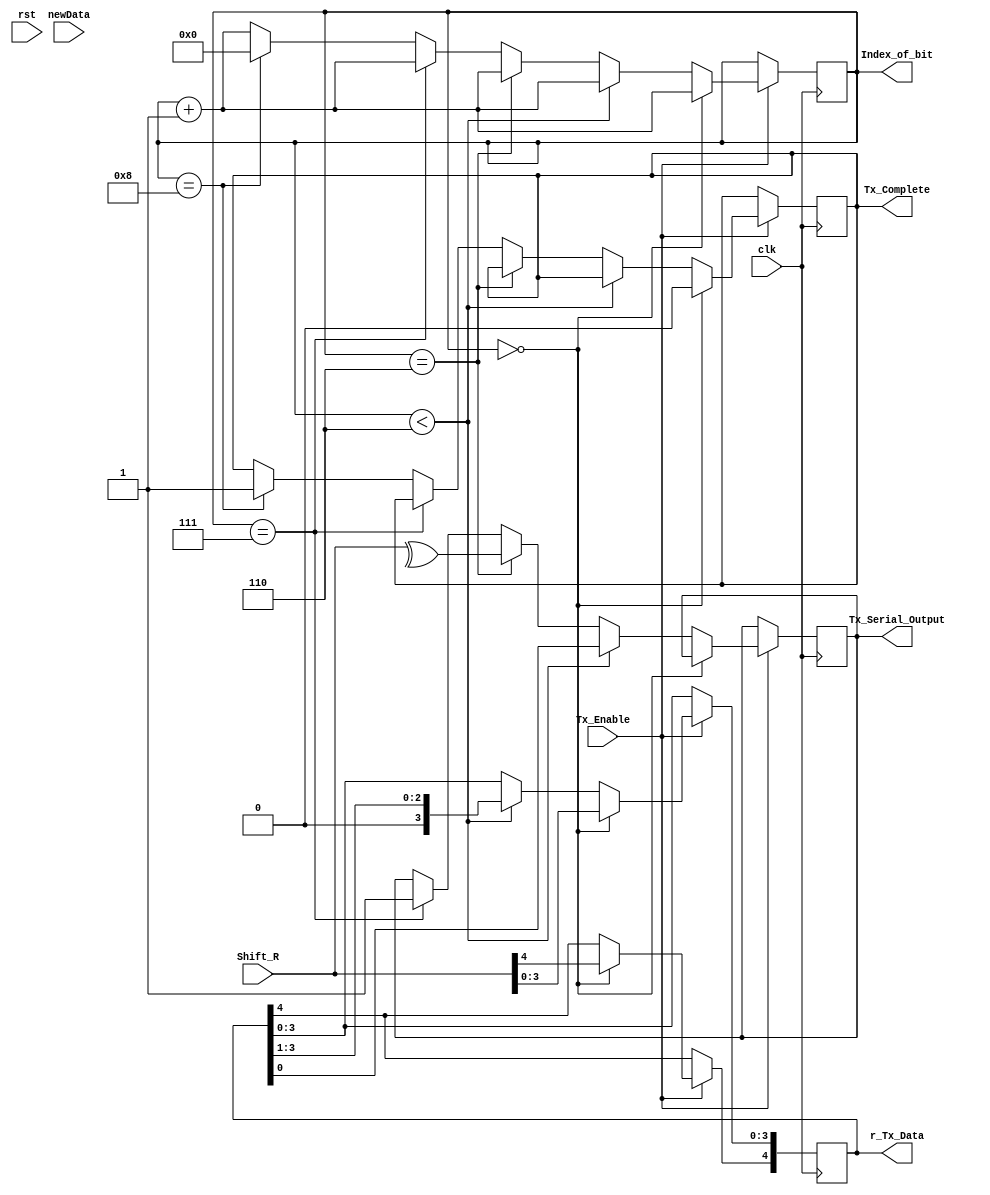
module SR(
  output reg Tx_Serial_Output,
  output reg Tx_Complete,
  output reg[6:0] Index_of_bit,
  output reg [4:0] r_Tx_Data, // 31
  
  input wire [4:0] Shift_R, // 31
  input clk,
  input rst,
  input newData,
  input Tx_Enable
  );
  
  //reg [6:0] Index_of_bit = 0;
  
  initial begin
    Index_of_bit <=7'b0;
  end
  
  always @(posedge clk)
  begin
    if (Tx_Enable == 1)
    begin
      Index_of_bit <= Index_of_bit +1'b1;
      if ((Index_of_bit == 0))
        begin
          Tx_Complete <= 0;
          r_Tx_Data[4:0] <= Shift_R[4:0];
        end
      else if (Index_of_bit < 6)  // 33
        begin
          Tx_Serial_Output <= r_Tx_Data[0];
          r_Tx_Data[3:0] <= r_Tx_Data[3:1]; // 30
          
        end
      else if (Index_of_bit == 6) // 32
        begin
          Tx_Serial_Output <= ^Shift_R; //33
 
        end
      else if (Index_of_bit == 7) // 34
        begin
          Tx_Serial_Output <= 1'b1; 
        end
      else if (Index_of_bit == 8) // 35
        begin
          Tx_Complete <= 1;
          Index_of_bit <= 0;
        end
    end
  end
endmodule

module Shift(
  output reg Tx_Serial_Output,
  output reg Tx_Complete,

  input wire [31:0] Buffer,
  input clk,
  input rst,
  input Tx_Enable
  );
  parameter a = 3'b000;
  parameter b = 3'b101;
  parameter cc = 3'b110;
  reg [6:0] Index_of_bit;
  reg[31:0] Shift_R;
  wire x;
  assign x = {Index_of_bit[5],Index_of_bit[1],Index_of_bit[0]};
  initial begin
    Index_of_bit <=7'b0;
    Tx_Complete <= 1'b1;
  end
  
  always @(posedge clk)
  begin
    if (Tx_Enable == 1)
    begin
      Index_of_bit <= Index_of_bit +1'b1;
      // send Start Bit

        case (x)
        a: begin
            Tx_Complete <= 0;
            Tx_Serial_Output <= 1'b0;
            Shift_R[31:0] <= Buffer[31:0];
          end
      // send Parity bit
        b: begin
            Tx_Serial_Output <= ^Shift_R;
        end
      // send stop bit rise Complete_Interrupt
        cc: begin
            Tx_Serial_Output <= 1'b1;
            Tx_Complete <= 1;
            Index_of_bit <= 0;
          end
      // data bits
        default: begin
            Tx_Serial_Output <= Shift_R[0];
            Shift_R[31:0] <= Shift_R[31:1];
          end
        endcase

    end
  end
endmodule